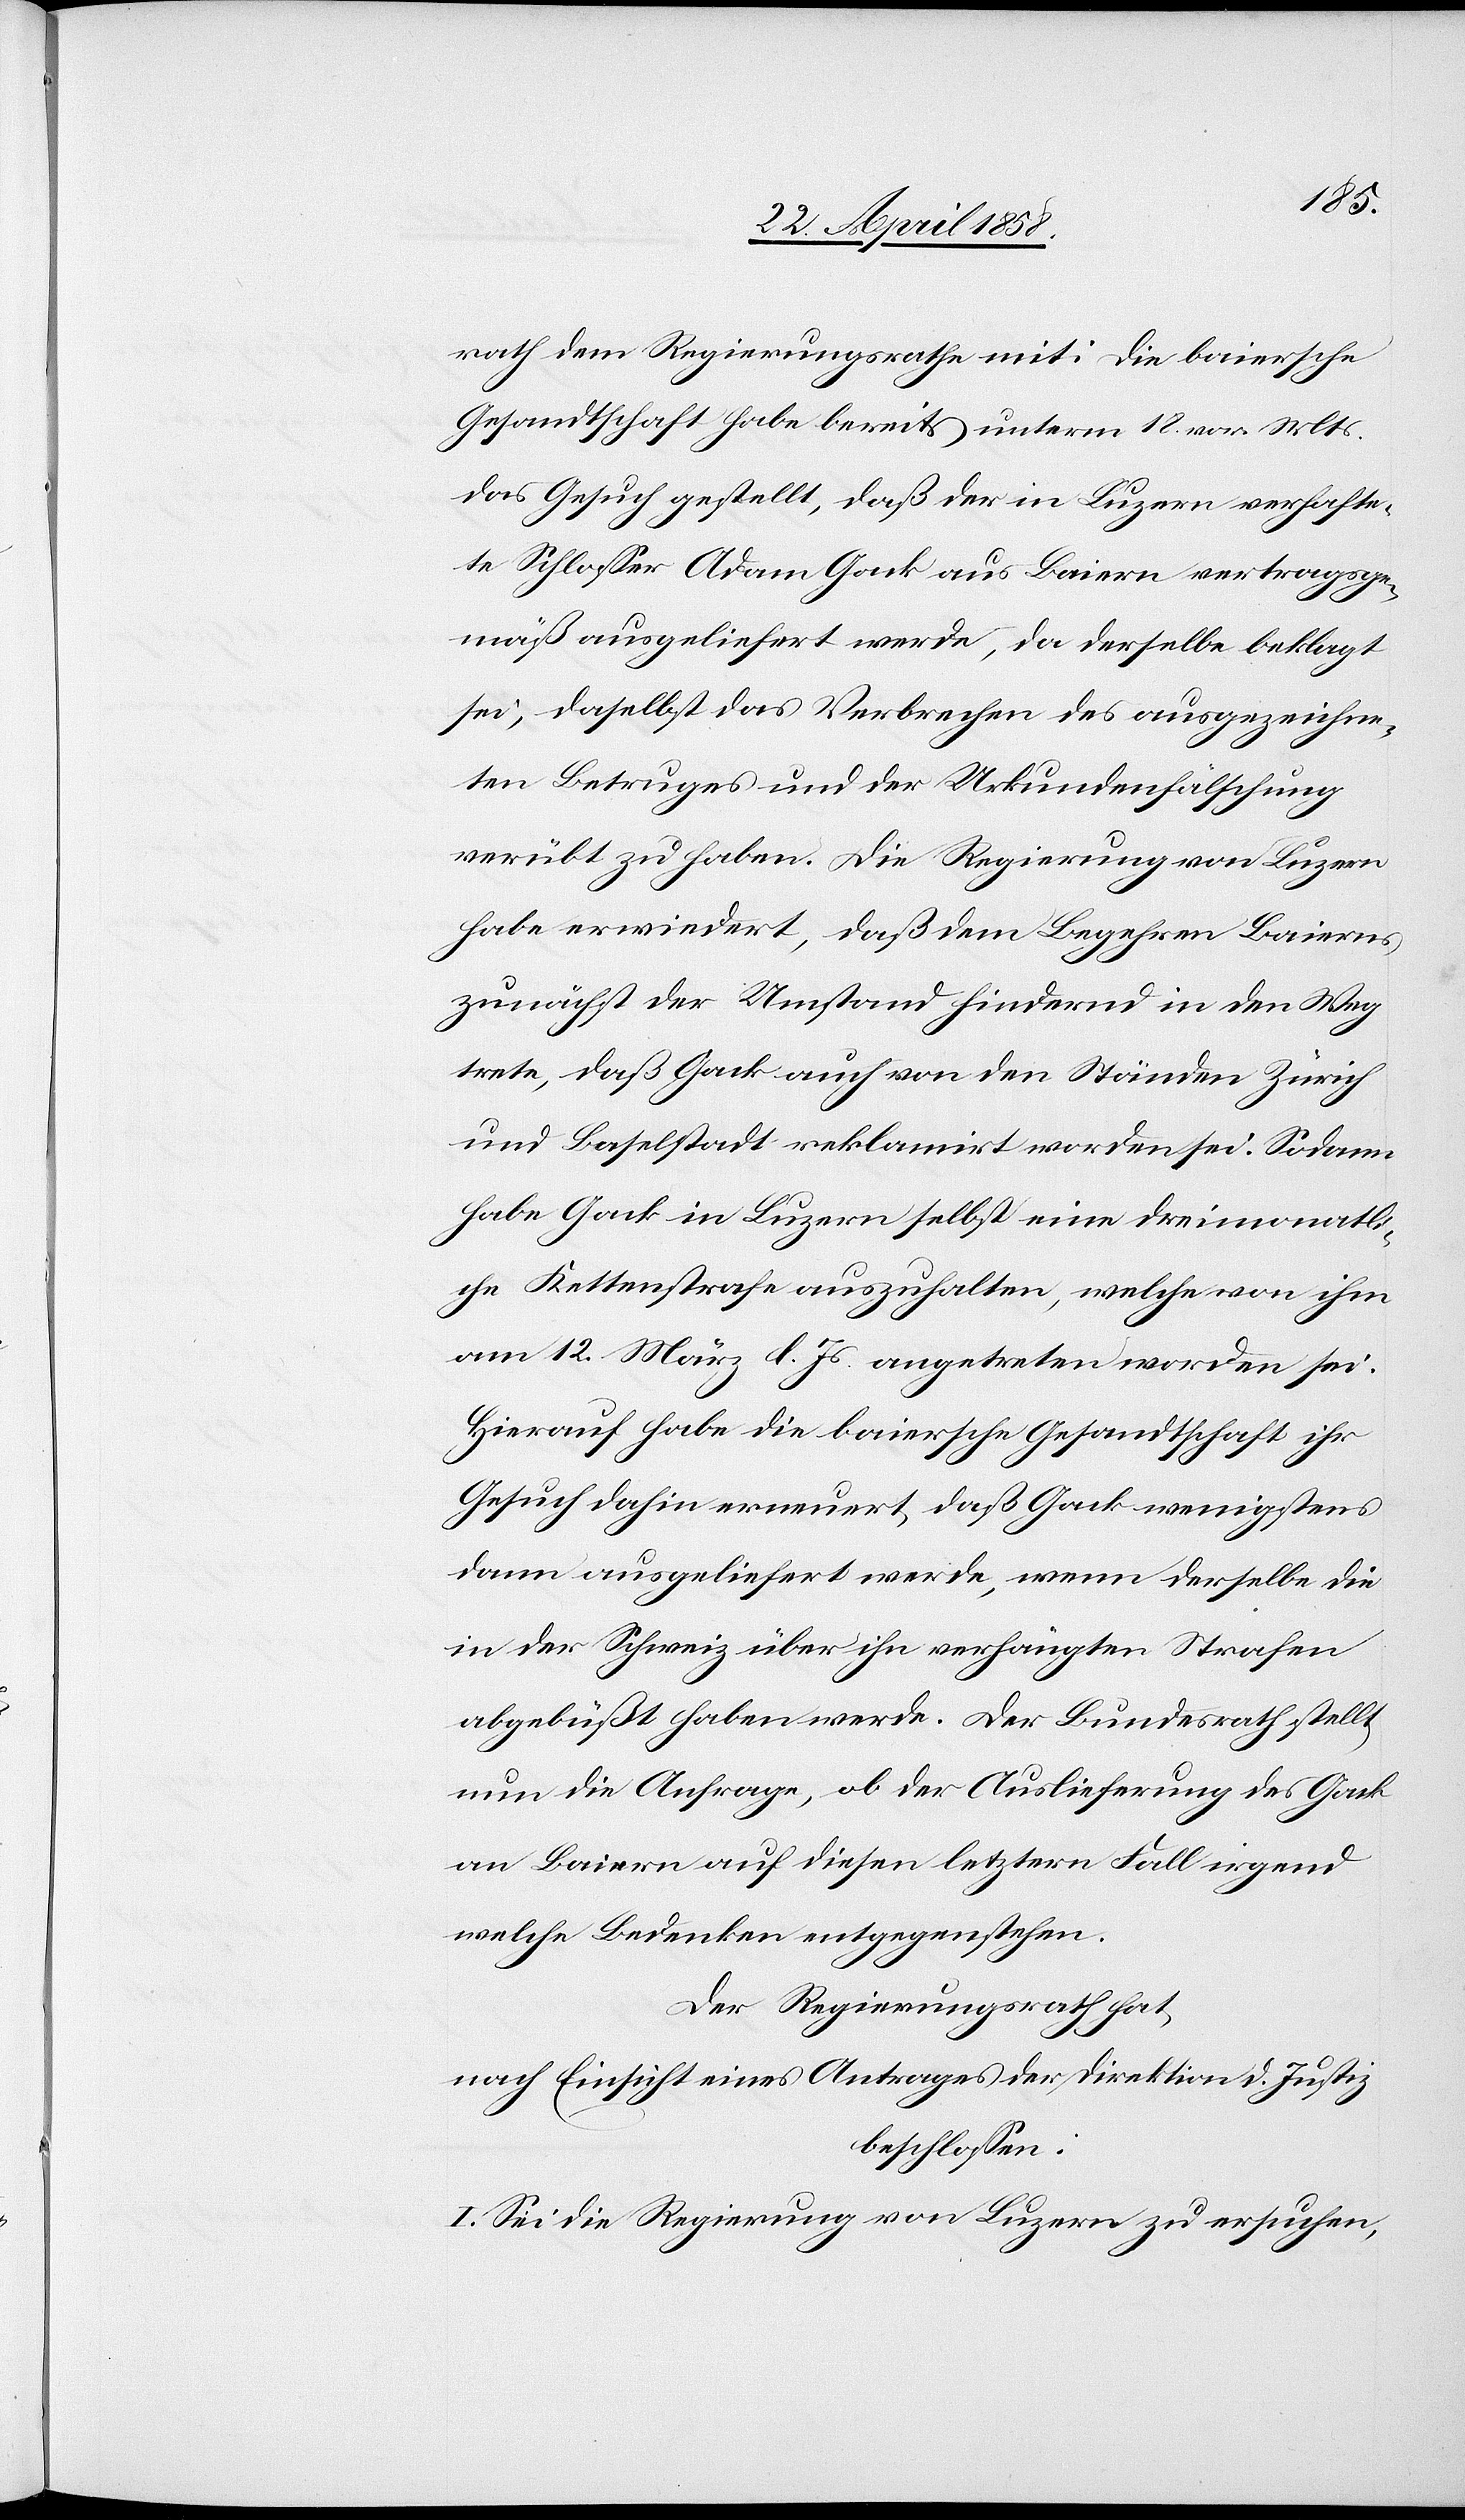
rath dem Regierungsrathe mit: die baiersche
Gesandtschaft habe bereits unterm 18. vor. Mts.
das Gesuch gestellt, daß der in Luzern verhafte¬
te Schlosser Adam Gack aus Baiern vertragsge¬
mäß ausgeliefert werde, da derselbe beklagt
sei, daselbst das Verbrechen des ausgezeichne¬
ten Betruges und der Urkundenfälschung
verübt zu haben. Die Regierung von Luzern
habe erwiedert, daß dem Begehren Baierns
zunächst der Umstand hindernd in den Weg
trete, daß Gack auch von den Ständen Zürich
und Baselstadt reklamirt worden sei. Sodann
habe Gack in Luzern selbst eine dreimonatli¬
che Kettenstrafe auszuhalten, welche von ihm
am 12. März d. Js. angetreten worden sei.
Hierauf habe die baiersche Gesandtschaft ihr
Gesuch dahin erneuert, daß Gack wenigstens
dann ausgeliefert werde, wenn derselbe die
in der Schweiz über ihn verhängten Strafen
abgebüßt haben werde. Der Bundesrath stellt
nun die Anfrage, ob der Auslieferung des Gack
an Baiern auf diesen letztern Fall irgend
welche Bedenken entgegenstehen.
Der Regierungsrath hat,
nach Einsicht eines Antrages der Direktion d. Justiz
beschlossen:
I. Sei die Regierung von Luzern zu ersuchen,